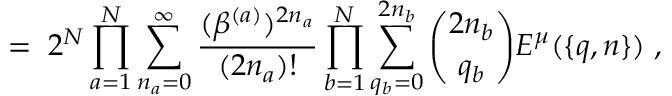
= \; 2 ^ { N } \prod _ { a = 1 } ^ { N } \sum _ { n _ { a } = 0 } ^ { \infty } \frac { ( \beta ^ { ( a ) } ) ^ { 2 n _ { a } } } { ( 2 n _ { a } ) ! } \prod _ { b = 1 } ^ { N } \sum _ { q _ { b } = 0 } ^ { 2 n _ { b } } { \binom { 2 n _ { b } } { q _ { b } } } E ^ { \mu } ( \{ q , n \} ) \; ,